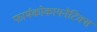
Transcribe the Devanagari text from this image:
फार्मकोकायनेटिक्स